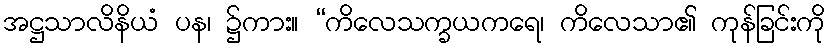
အဋ္ဌသာလိနိယံ ပန၊ ၌ကား။ “ကိလေသက္ခယကရေ၊ ကိလေသာ၏ ကုန်ခြင်းကို